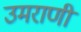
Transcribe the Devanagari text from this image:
उमराणी